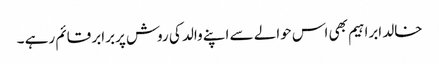
خالد ابراہیم بھی اس حوالے سے اپنے والد کی روش پربرابر قائم رہے ۔